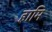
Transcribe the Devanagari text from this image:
हामि